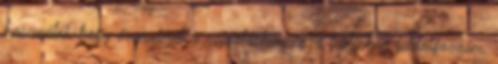
használni, hogy érzéseimet a rajzolásban és a festésben feldolgozzam,